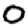
Digit: 0